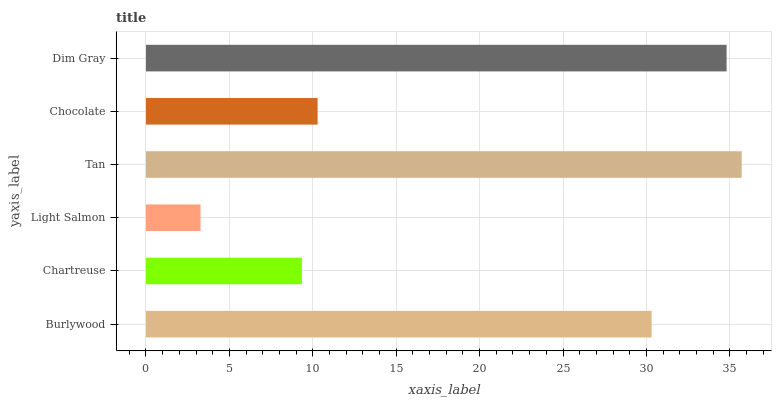
| yaxis_label | bars |
 | --- | --- |
 | Burlywood | 30.3 |
 | Chartreuse | 9.35 |
 | Light Salmon | 3.27 |
 | Tan | 35.7 |
 | Chocolate | 10.3 |
 | Dim Gray | 34.8 |